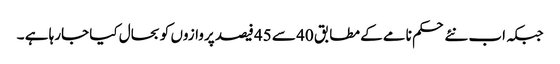
جبکہ اب نئے حکم نامے کے مطابق 40 سے 45 فیصد پروازوں کو بحال کیا جارہا ہے ۔